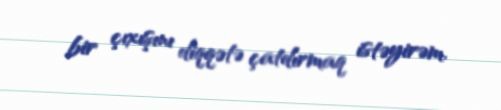
bir çıxışını diqqətə çatdırmaq istəyirəm.